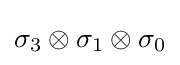
\sigma _{3}\otimes \sigma _{1}\otimes \sigma _{0}